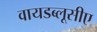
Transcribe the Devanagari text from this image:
वायडब्लूसीए